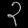
Digit: ၃